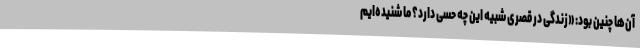
آن‌ها چنین بود: «زندگی در قصری شبیه این چه حسی دارد؟ ما شنیده‌ایم